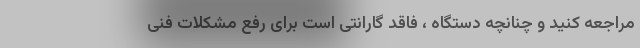
مراجعه کنید و چنانچه دستگاه ، فاقد گارانتی است برای رفع مشکلات فنی